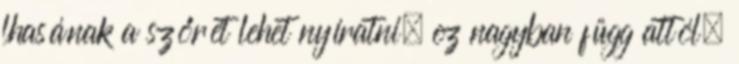
lhasának a szőrét lehet nyíratni, ez nagyban függ attól,